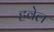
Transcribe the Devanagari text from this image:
हवेल